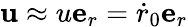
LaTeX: \mathbf{u}\approx u\mathbf e_{r}=\dot{r}_{0}\mathbf{e}_{r}